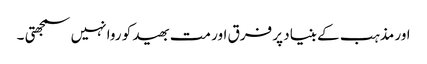
اور مذہب کے بنیاد پر فرق اور مت بھید کو روا نہیں سمجھتی ۔